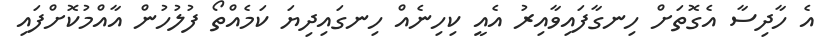
އެ ހާދިސާ އެގޮތަށް ހިނގާފައިވާއިރު އެއީ ކިހިނެއް ހިނގައިދިޔަ ކަމެއްތޯ ފުލުހުން އާއްމުކޮށްފައި